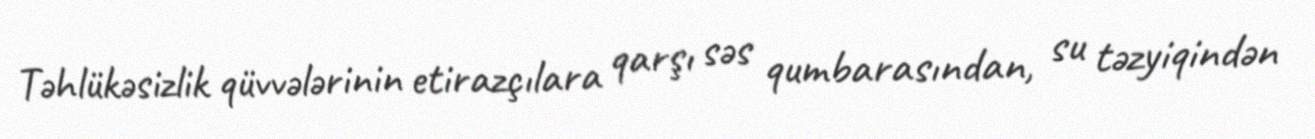
Təhlükəsizlik qüvvələrinin etirazçılara qarşı səs qumbarasından, su təzyiqindən